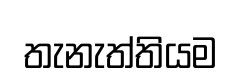
තැනැත්තියම